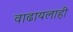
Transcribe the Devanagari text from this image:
वाढायलाही